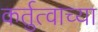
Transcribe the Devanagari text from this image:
कर्तुत्वाच्या